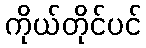
ကိုယ်တိုင်ပင်